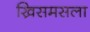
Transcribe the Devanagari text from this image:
ख्रिसमसला